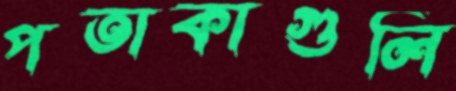
পতাকাগুলি